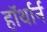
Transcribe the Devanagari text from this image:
हॉर्थार्न